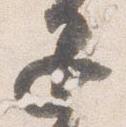
退